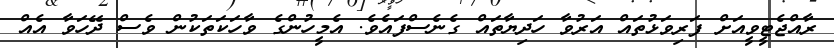
ރާއްޖެޓީވީއަށް ފަރިވަޅުތައް އަރުވާ ހަދިޔާތައް ގެނެސްފައެވެ. އެމީހުންގެ ވާހަކަތަކުން ވެސް ދޭހަވާ އެއް